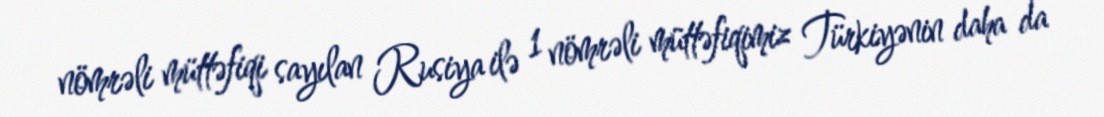
nömrəli müttəfiqi sayılan Rusiya ilə 1 nömrəli müttəfiqimiz Türkiyənin daha da